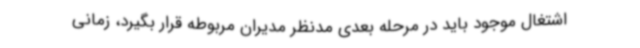
اشتغال موجود باید در مرحله بعدی مدنظر مدیران مربوطه قرار بگیرد، زمانی